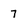
Character: 7